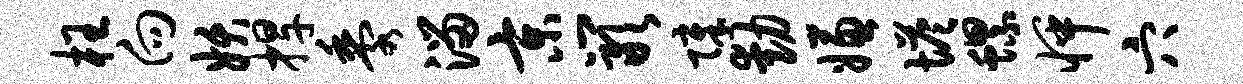
枉向妖捍黍溜京岩障动嫌塔螺怦穴